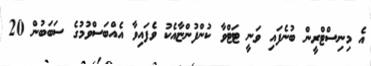
އެ މިނިސްޓްރީން ބުނެފައި ވަނީ ޓަޓްވާ ކުންފުންޏާއެކު ވެފައިވާ އެއްބަސްވުމުގެ ސަބަބުން 20